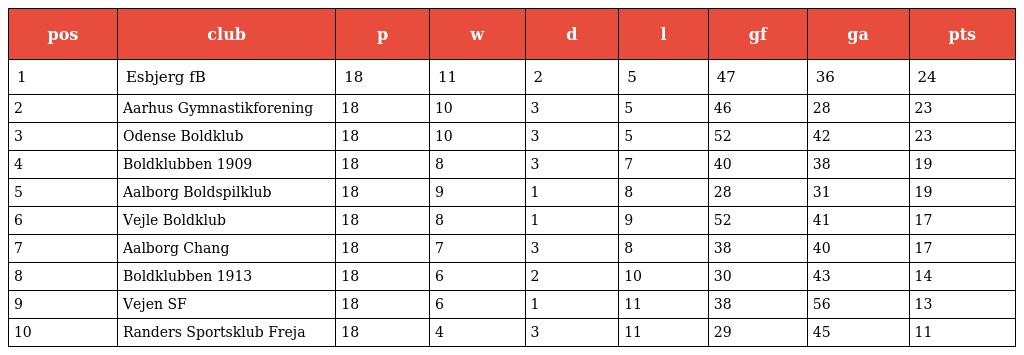
| pos | club | p | w | d | l | gf | ga | pts |
 | --- | --- | --- | --- | --- | --- | --- | --- | --- |
 | 1 | Esbjerg fB | 18 | 11 | 2 | 5 | 47 | 36 | 24 |
 | 2 | Aarhus Gymnastikforening | 18 | 10 | 3 | 5 | 46 | 28 | 23 |
 | 3 | Odense Boldklub | 18 | 10 | 3 | 5 | 52 | 42 | 23 |
 | 4 | Boldklubben 1909 | 18 | 8 | 3 | 7 | 40 | 38 | 19 |
 | 5 | Aalborg Boldspilklub | 18 | 9 | 1 | 8 | 28 | 31 | 19 |
 | 6 | Vejle Boldklub | 18 | 8 | 1 | 9 | 52 | 41 | 17 |
 | 7 | Aalborg Chang | 18 | 7 | 3 | 8 | 38 | 40 | 17 |
 | 8 | Boldklubben 1913 | 18 | 6 | 2 | 10 | 30 | 43 | 14 |
 | 9 | Vejen SF | 18 | 6 | 1 | 11 | 38 | 56 | 13 |
 | 10 | Randers Sportsklub Freja | 18 | 4 | 3 | 11 | 29 | 45 | 11 |